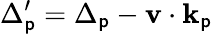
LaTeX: \Delta_{\mathsf{p}}^{\prime}=\Delta_{\mathsf{p}}-\textbf{{v}}\cdot{}\textbf{{k}}_{\mathsf{p}}